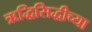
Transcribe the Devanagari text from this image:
ऋद्धिसिद्धीच्या